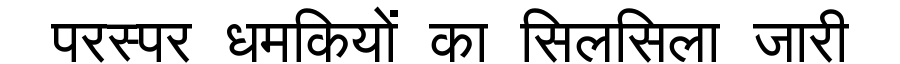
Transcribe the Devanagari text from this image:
परस्पर धमकियों का सिलसिला जारी